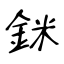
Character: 銤